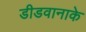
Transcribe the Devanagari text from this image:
डीडवानाके